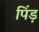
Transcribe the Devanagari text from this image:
पिंड़